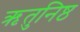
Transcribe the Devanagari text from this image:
ऋतुनिष्ठ